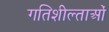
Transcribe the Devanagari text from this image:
गतिशील्ताओं